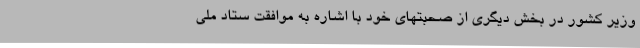
وزیر کشور در بخش دیگری از صحبتهای خود با اشاره به موافقت ستاد ملی